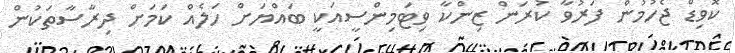
ކޮވިޑް ޖެހުމުން ފަރުވާ ކުރަން ޒިންކާ ވިޓަމިންސީއަކީ ބައްޔަށް ހަލެއް ކަމަށް ދިރާސާތަކުން